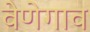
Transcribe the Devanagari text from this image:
वेणेगाव